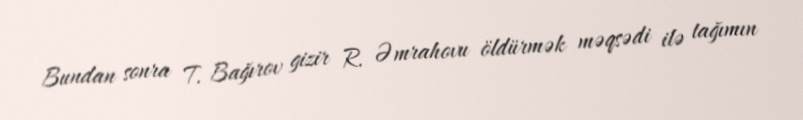
Bundan sonra T. Bağırov gizir R. Əmrahovu öldürmək məqsədi ilə tağımın